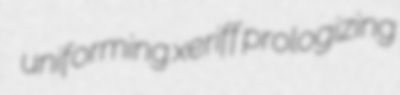
uniforming xeriff prologizing